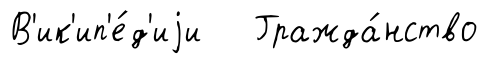
В'ик'ип'е́д'иjи Гражда́нство